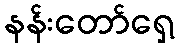
နန်းတော်ရှေ့